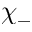
\chi _ { - }